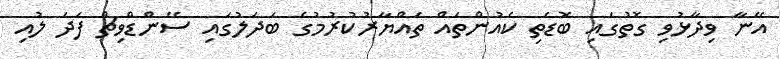
އޭނާ ވިދާޅުވި ގޮތުގައި ބޮޑެތި ކެއުންތައް ތައްޔާރުކުރުމުގެ ބަދަލުގައި ސޭންޑްވިޗް ފަދަ ލުއި